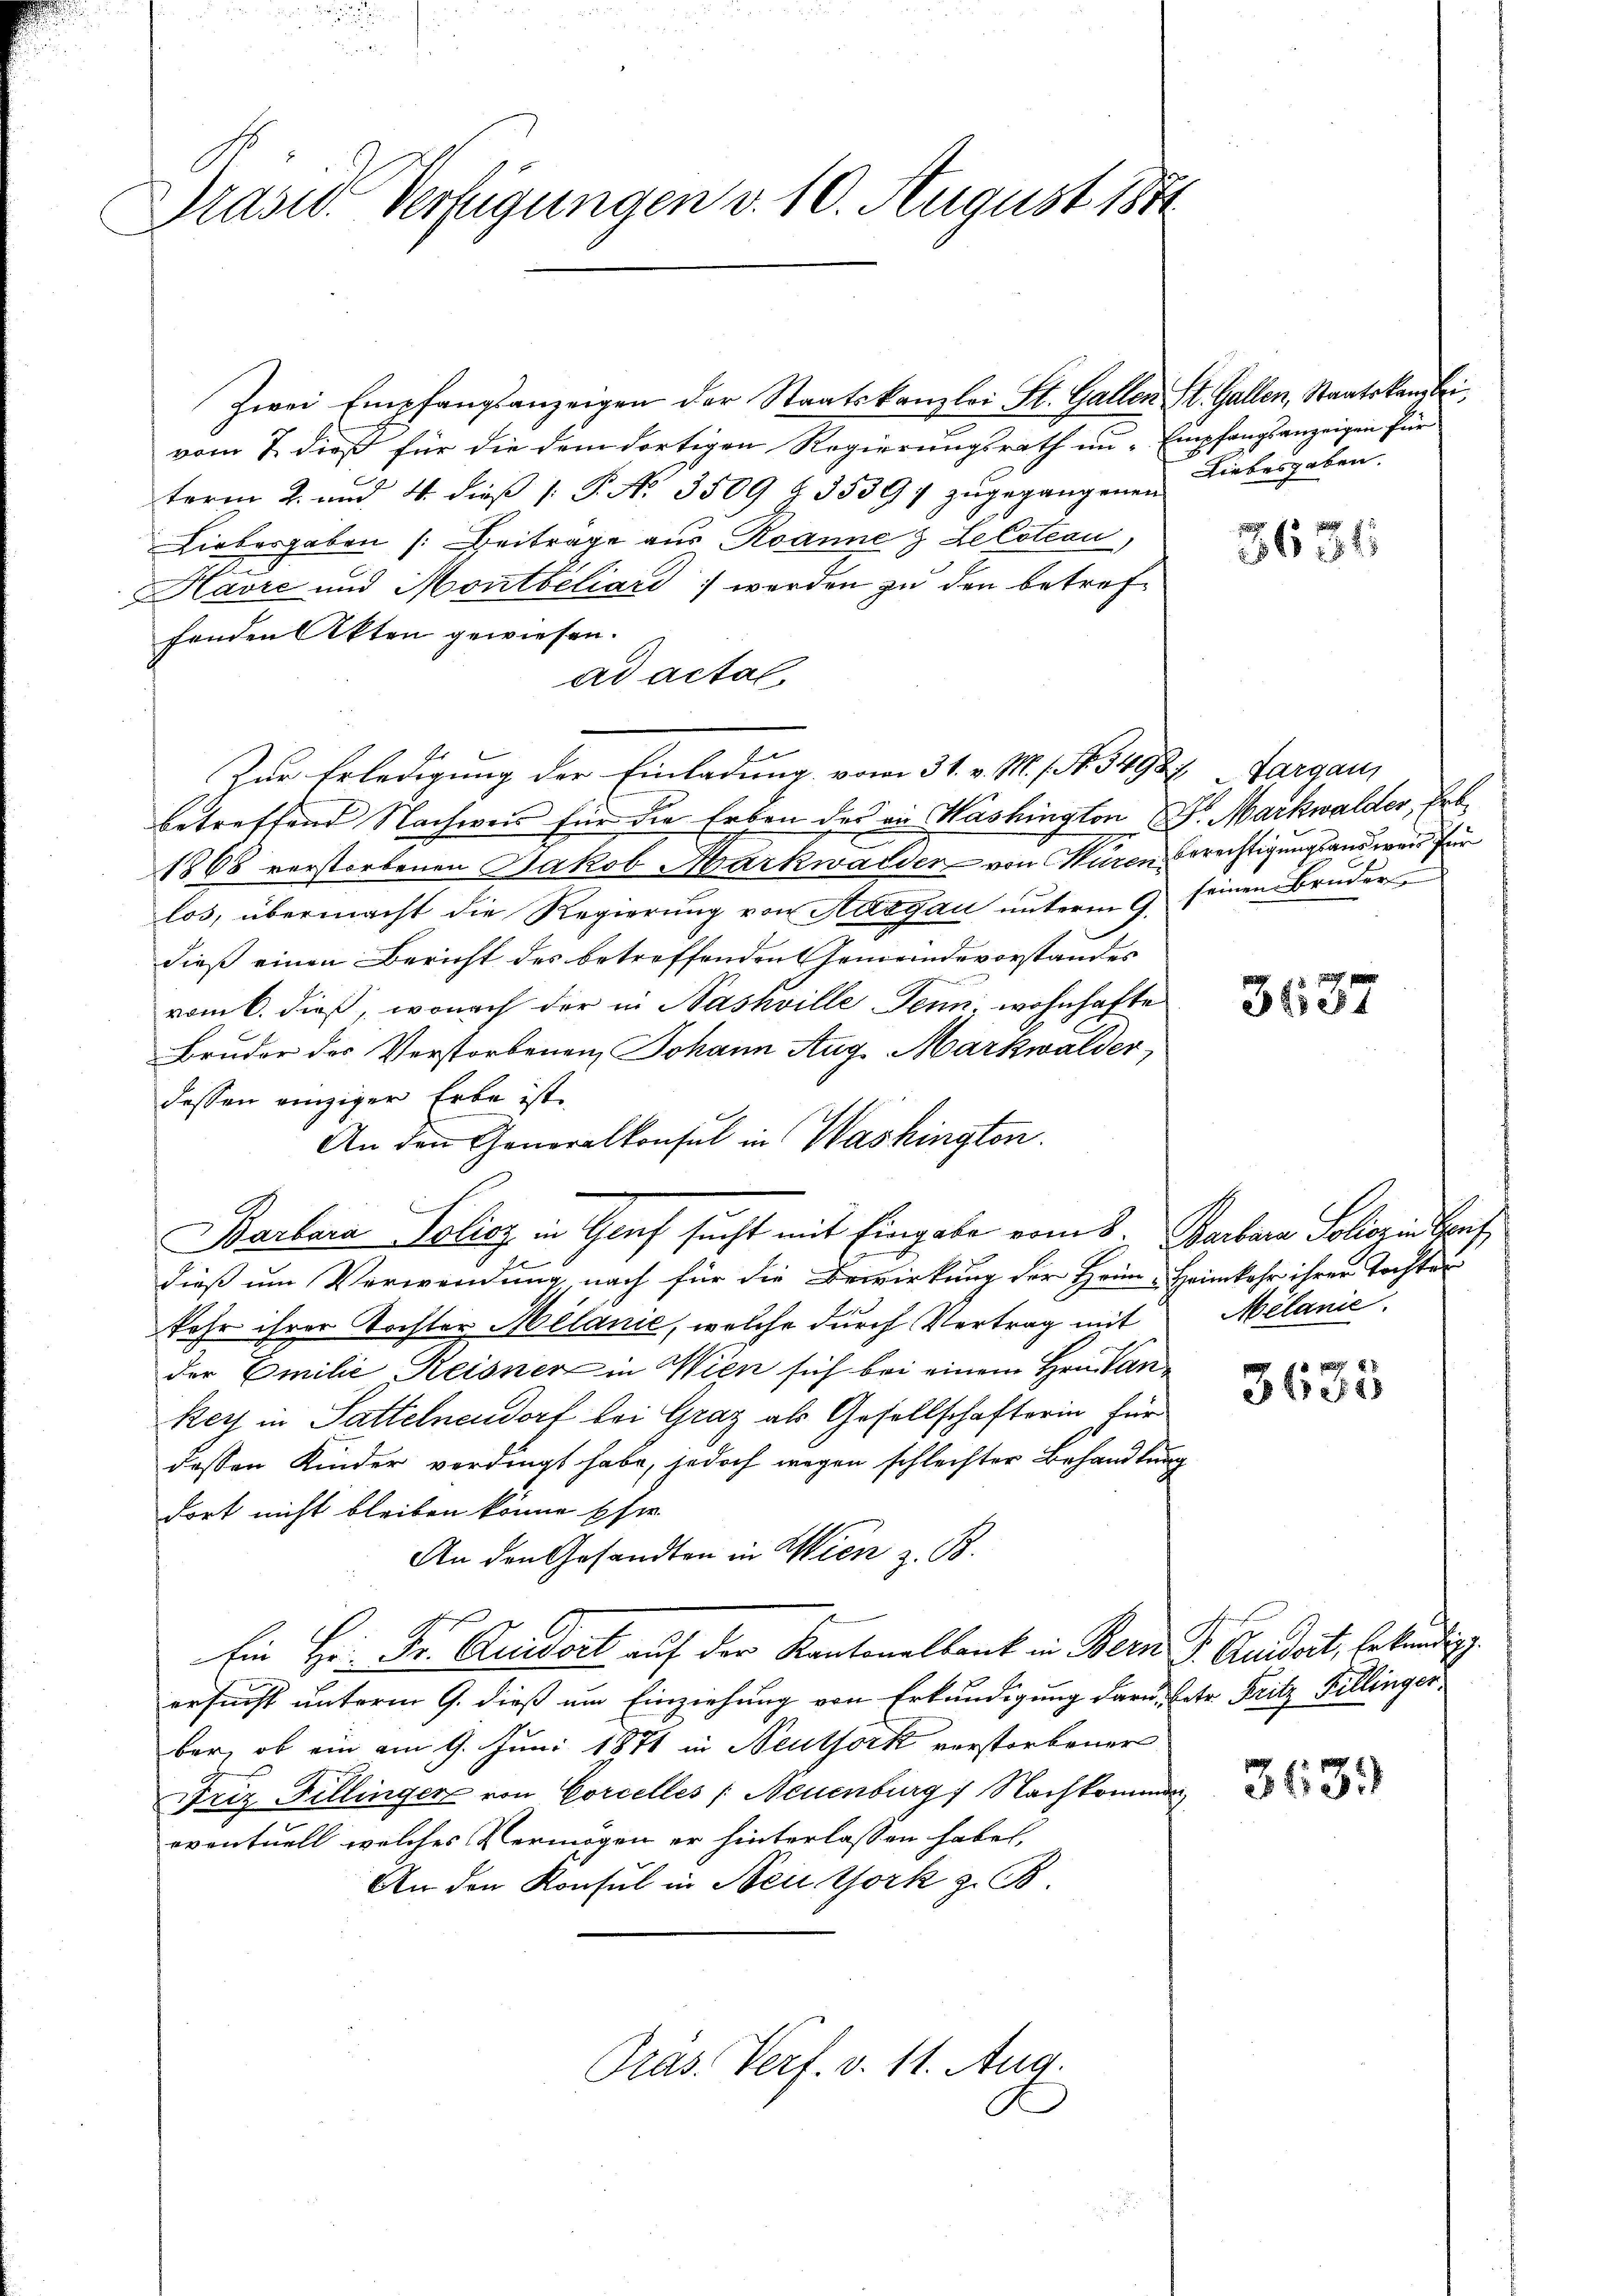
Präsid. Verfügungen v. 10. August 1851

vom 2. dieß für die dem dortigen Regierungsrath un- Empfangsanzeigen für
term 2. und 4. dieß P. No. 3509 § 3539) zugegangenen
Liebergaben (: Beitrage aus Roanne & Leloteau,
Havre und Montbeliars werden zu den betreffenden Akten gewiesen.
ad actal.
Zur Erledigung der Einladung vom 31. v. M. / N. 34987 Fargau
betreffend Nachweis für die Erben des an Washington Dr. Markwalder, Erb¬
1868 verstorbenen Jakob Markwalder von Kuren Berechtigungsausweis für
los, übermacht die Regierŭng von Aargau ŭnterm 9. seinen Bruder
dieß einen Bericht des betreffenden Gemeindevorstander
vom 6. dieß, wonach der in Nashville Senn, wohnhafte
Bruder des Verstorbenen Johann Aug. Markwalder,
dessen einziger Erbe ist.
An den Generalkonsul in Washington.
Barbara Policz in Graf sucht mit Eingabe vom 8. Barbara Solionen Hof
.
dieß um Verwendung, nach für die Bewirkung der Heim Heimkehr ihrer Tochtes
kehr ihrer Tochter Melanić, welche durch Vertrag mit
der Emilie Reisner in Wien sich bei einem Hrn. Lan¬
Rey in Sattelnendorf bei Graz als Gesellschafterin für
dessen Kinder verdingt habe, jedoch wegen schlechter Behandlung
dort nicht bleiben könne Eher
An den Gesandten in Wien z. B.
Ein Hr. Fr. Guidort auf der Kantonalbank in Bern. J. Guidoit, bekundig.
ersucht unterm 9. dieß um Einziehung von Erkundigung daran betr. Fritz Billinger
bar, ob ein am 9. Juni 1871 in Neuthork verstorbener
Friz Fellinger von Corcelles /: Neuenburg, Nachkommen
eventuell, welches Vermögen er hinterlassen habe,
An den Konsul in Neuthork z
Pras. Verf. v. 11. Aug.

Zwei Empfangsanzeigen der Staatskanzlei St. Gallen St. Gallen, Staatskanzlei

Liebesgaben.

3681

3637

Melanie.

3600

3639